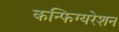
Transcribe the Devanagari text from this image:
कन्फिग्यरेशन